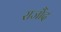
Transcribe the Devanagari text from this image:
राजौंद